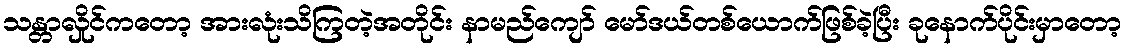
သန္တာလှိုင်ကတော့ အားလုံးသိကြတဲ့အတိုင်း နာမည်ကျော် မော်ဒယ်တစ်ယောက်ဖြစ်ခဲ့ပြီး ခုနောက်ပိုင်းမှာတော့